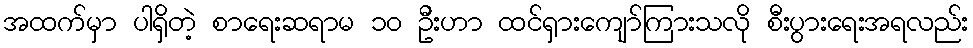
အထက်မှာ ပါရှိတဲ့ စာရေးဆရာမ ၁၀ ဦးဟာ ထင်ရှားကျော်ကြားသလို စီးပွားရေးအရလည်း